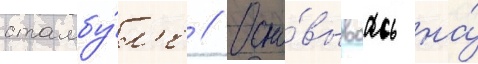
стамбу́л'е // Осно́вываась на́